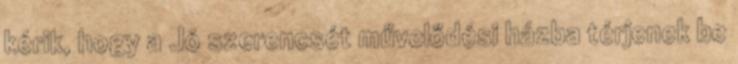
kérik, hogy a Jó szerencsét művelődési házba térjenek be